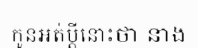
កូនអត់ប្តីនោះថា នាង